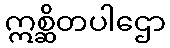
ဣစ္ဆိတပါဌော